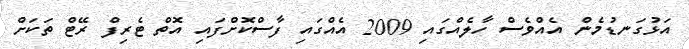
އަޅުގަނޑުމެން އެއްވެސް ހާލެއްގައި 2009 އެއްގައި ފާސްކޮށްފައި އޮތް ޓެރިފް ރޭޓް ތަކަށް